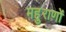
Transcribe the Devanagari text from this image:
महुराणों